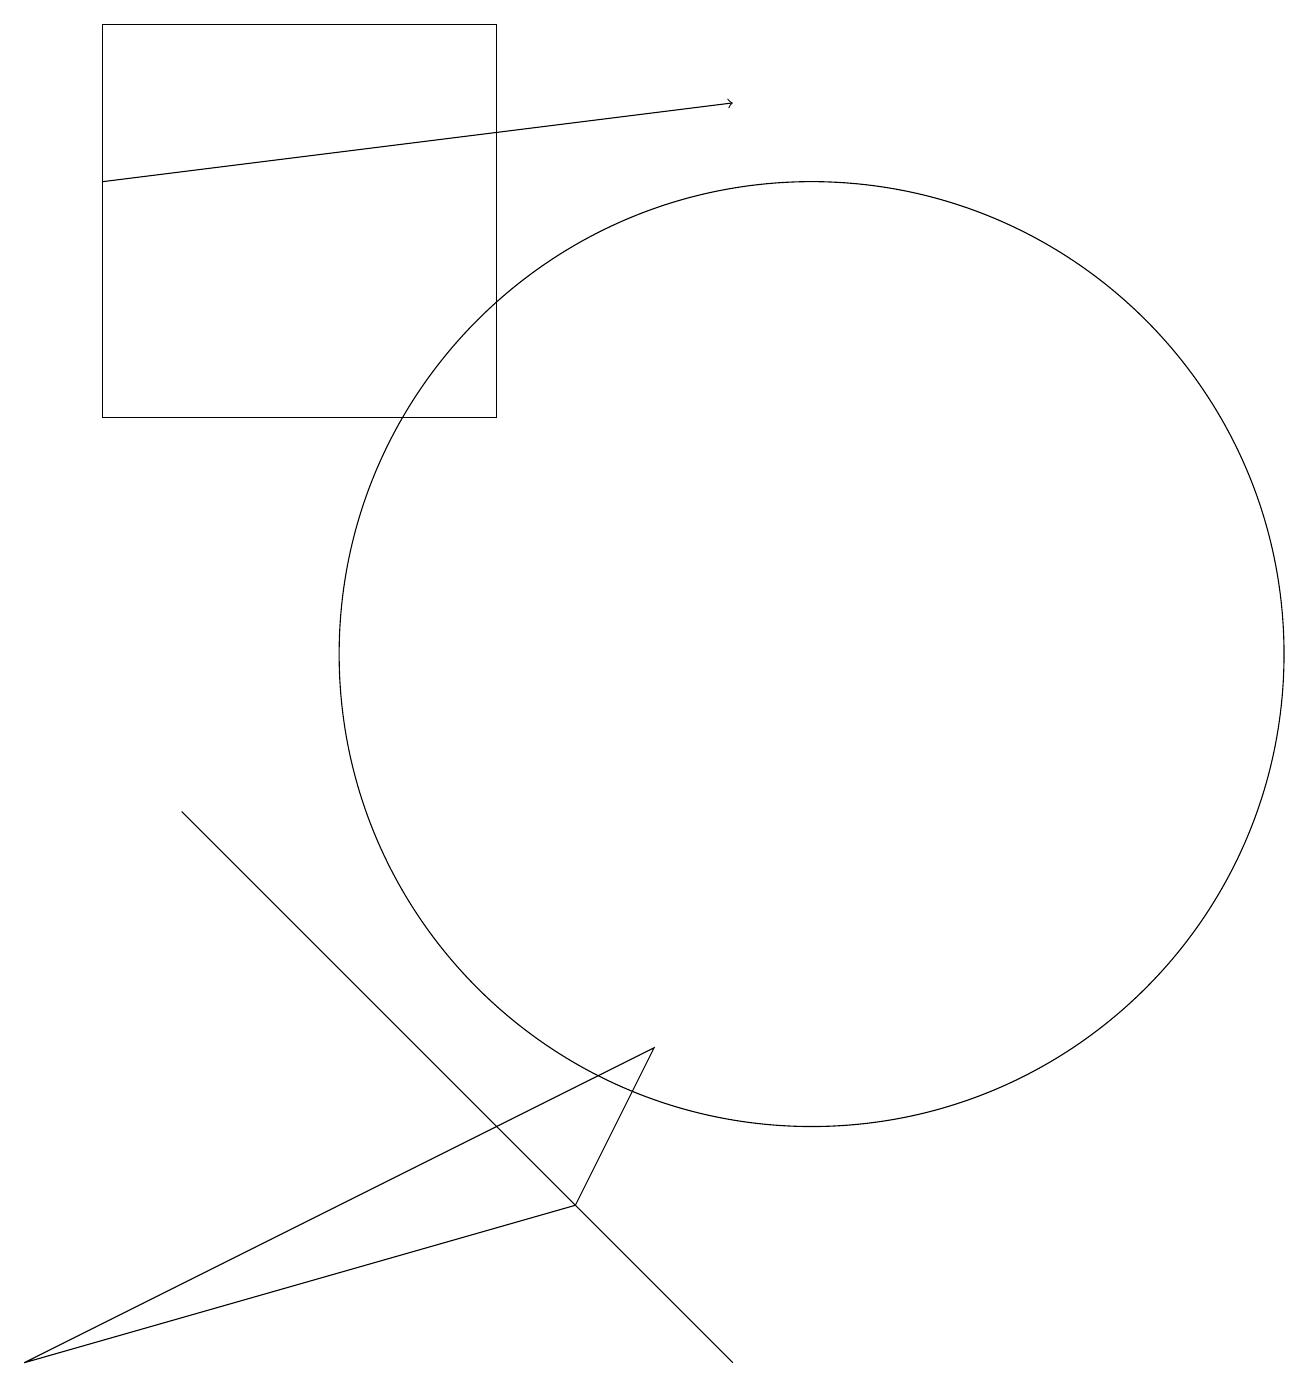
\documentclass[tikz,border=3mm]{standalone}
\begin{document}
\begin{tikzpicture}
\draw[->] (1,16) -- (9,17);
\draw (2,8) -- (5,5) -- (9,1) -- cycle;
\draw (6,18) rectangle (1,13);
\draw (8,5) -- (0,1) -- (7,3) -- cycle;
\draw (10,10) circle (6);
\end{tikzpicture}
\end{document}